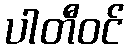
ပါတီဝင်